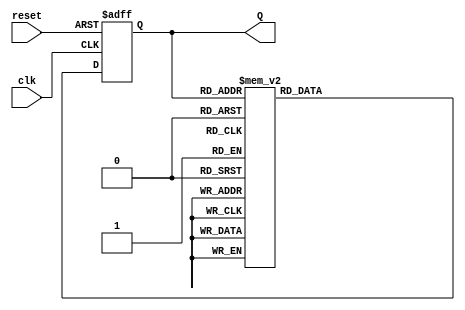
module decade_ring_counter (
    input wire clk,       // Clock signal
    input wire reset,     // Asynchronous reset signal
    output reg [3:0] Q    // 4-bit output to represent count
);

    // Define the 10 states of the counter
    reg [3:0] next_state;

    // Combinational logic for state transitions
    always @(*) begin
        case (Q)
            4'b0000: next_state = 4'b0001; // 0 --> 1
            4'b0001: next_state = 4'b0010; // 1 --> 2
            4'b0010: next_state = 4'b0011; // 2 --> 3
            4'b0011: next_state = 4'b0100; // 3 --> 4
            4'b0100: next_state = 4'b0101; // 4 --> 5
            4'b0101: next_state = 4'b0110; // 5 --> 6
            4'b0110: next_state = 4'b0111; // 6 --> 7
            4'b0111: next_state = 4'b1000; // 7 --> 8
            4'b1000: next_state = 4'b1001; // 8 --> 9
            4'b1001: next_state = 4'b0000; // 9 --> 0
            default: next_state = 4'b0000;  // Default to reset state
        endcase
    end

    // Sequential logic for state update
    always @(posedge clk or posedge reset) begin
        if (reset) begin
            Q <= 4'b0000; // Asynchronous reset to 0
        end else begin
            Q <= next_state; // Transition to next state
        end
    end

endmodule